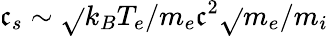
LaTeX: \mathfrak{c}_{s}\sim\sqrt{}{{k_{B}T_{e}/m_{e}\mathfrak{c}^{2}}}\sqrt{}{{m_{e}/m_{i}}}